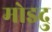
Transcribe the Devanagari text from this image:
मोइदु